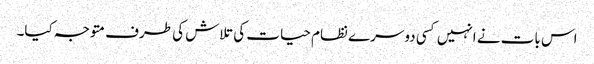
اس بات نے انہیں کسی دوسرے نظام حیات کی تلاش کی طرف متوجہ کیا۔